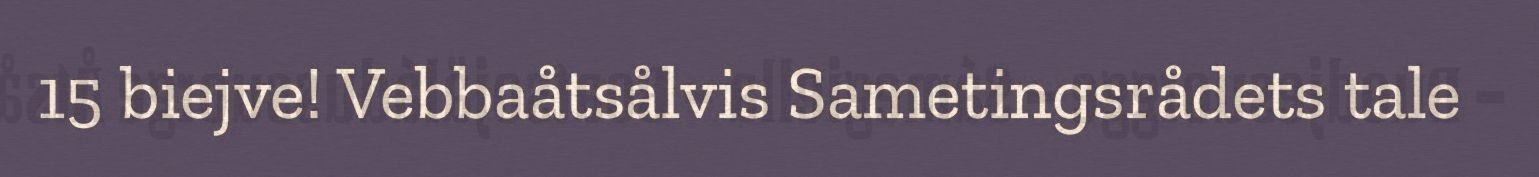
15 biejve! Vebbaåtsålvis Sametingsrådets tale